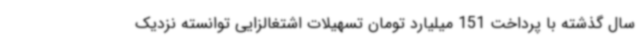
سال گذشته با پرداخت 151 میلیارد تومان تسهیلات اشتغالزایی توانسته نزدیک